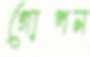
গোপন